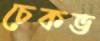
চেকভ